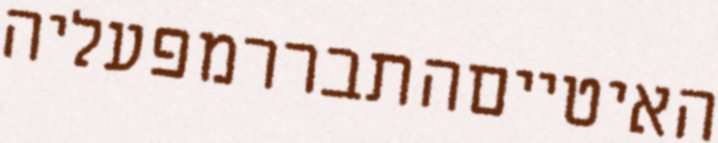
האיטייםהתבררמפעליה